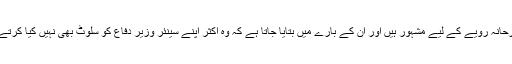
’وہ جارحانہ رویے کے لیے مشہور ہیں اور ان کے بارے میں بتایا جاتا ہے کہ وہ اکثر اپنے سینئر وزیر دفاع کو سلوٹ بھی نہیں کیا کرتے تھے۔